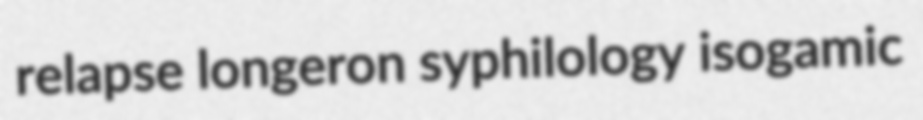
relapse longeron syphilology isogamic